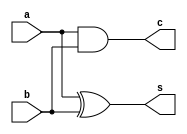
module hadder(a,b,s,c);
    input a,b;
    output s, c;

    xor(s, a, b);
    and(c, a, b);

endmodule